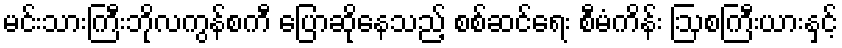
မင်းသားကြီးဘိုလကွန်စကီ ပြောဆိုနေသည့် စစ်ဆင်ရေး စီမံကိန်း ဩစကြီးယားနှင့်